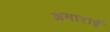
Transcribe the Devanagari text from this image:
अमाराई